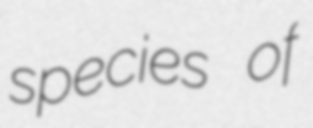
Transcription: species of